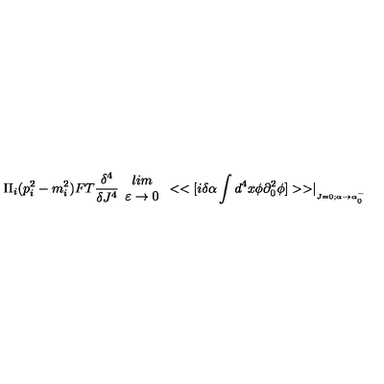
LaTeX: \Pi _ { i } ( p _ { i } ^ { 2 } - m _ { i } ^ { 2 } ) F T \frac { \delta ^ { 4 } } { \delta J ^ { 4 } } \begin{array} { c } { l i m } \\ { \varepsilon \rightarrow 0 } \\ \end{array} < < [ i \delta \alpha \int d ^ { 4 } x \phi \partial _ { 0 } ^ { 2 } \phi ] > > \mid _ { _ { J = 0 ; \alpha \rightarrow \alpha _ { 0 } ^ { - } } }